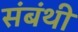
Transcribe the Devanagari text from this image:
संबंथी